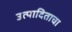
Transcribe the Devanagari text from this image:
उत्पादिताचा